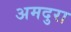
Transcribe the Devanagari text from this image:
अमदुरा